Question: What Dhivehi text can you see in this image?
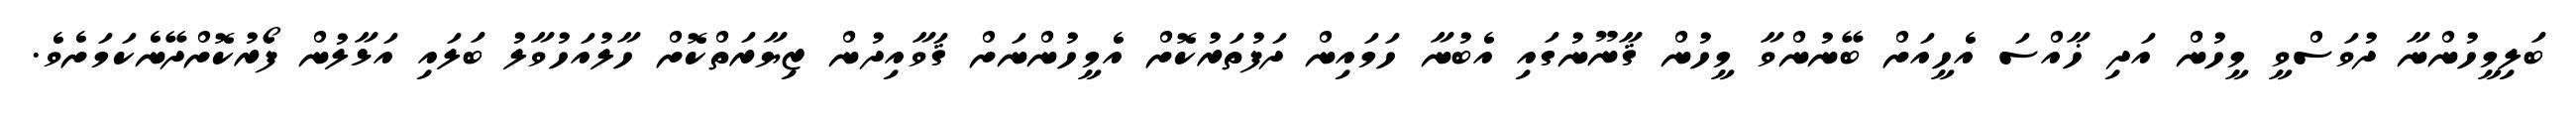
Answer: ބަލިމީހުންނާ ދުވަސްވީ މީހުން އަދި ޚާއްސަ އެހީއަށް ބޭނުންވާ މީހުން ޤާނޫނުގައި އެބުނާ ހަމައިން ދަފުތަރުކޮށް އެމީހުންނަށް ޤަވާއިދުން ޒިޔާރަތްކޮށް ހާލުއަހުވާލު ބަލައި އަޅާލުން ފޯރުކޮށްދޭނެކަމަށެވެ.